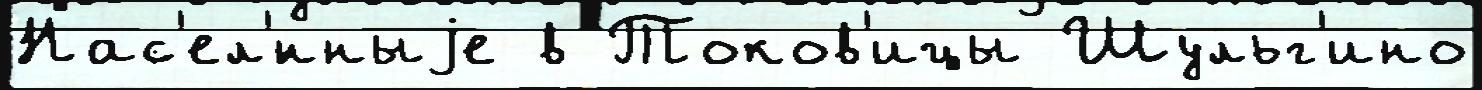
Нас'ел'́нныjе в Токов'ицы Шульг'ино